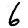
Digit: 6